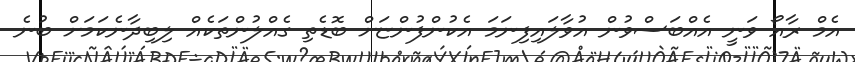
އެމް ރާއޯ ވަނީ އެއްބަސްވުން އުވާލައިފިނަމަ އެކުންފުންޏަށް ބޮޑެތި ގެއްލުންތަކެއް ލިބިދާނެކަމަށް ބުނެ